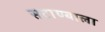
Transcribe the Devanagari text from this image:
सटाण्याला